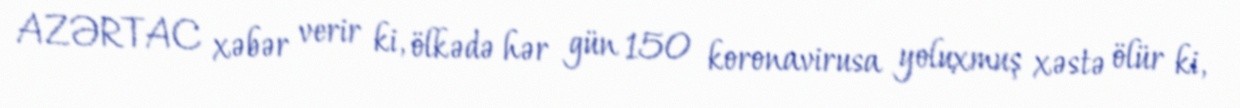
AZƏRTAC xəbər verir ki, ölkədə hər gün 150 koronavirusa yoluxmuş xəstə ölür ki,